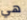
هي